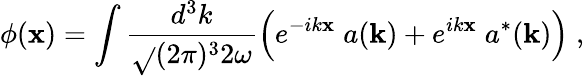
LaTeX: \phi(\mathbf{x})=\int{\frac{{d^{3}k}}{{\sqrt{}{{(2\pi)^{3}2\omega}}}}}\Big(e^{-ik\mathbf{x}}\; a({\mathbf{k}})+e^{ik\mathbf{x}}\; a^{*}({\mathbf{k}})\Big)\; ,